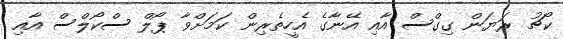
ކޯޗު ރަޔަން ގިގްސް އާއި އޭނާގެ އެހީތެރިން ކަމަށްވާ ޕޯލް ސްކޯލްސް އާއި